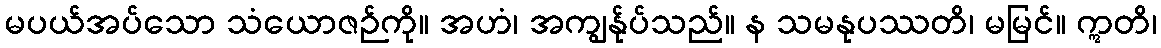
မပယ်အပ်သော သံယောဇဉ်ကို။ အဟံ၊ အကျွန်ုပ်သည်။ န သမနုပဿတိ၊ မမြင်။ ဣတိ၊